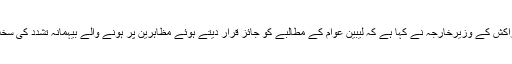
دوسری جانب مراکش کے وزیرخارجہ نے کہا ہے کہ لیبین عوام کے مطالبے کو جائز قرار دیتے ہوئے مظاہرین پر ہونے والے بیہمانہ تشدد کی سخت مذمت کی ہے۔